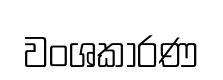
වංශකාරණ